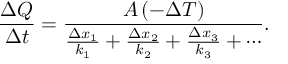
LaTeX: { \big . } { \frac { \Delta Q } { \Delta t } } = { \frac { A \, ( - \Delta T ) } { { \frac { \Delta x _ { 1 } } { k _ { 1 } } } + { \frac { \Delta x _ { 2 } } { k _ { 2 } } } + { \frac { \Delta x _ { 3 } } { k _ { 3 } } } + \cdots } } .